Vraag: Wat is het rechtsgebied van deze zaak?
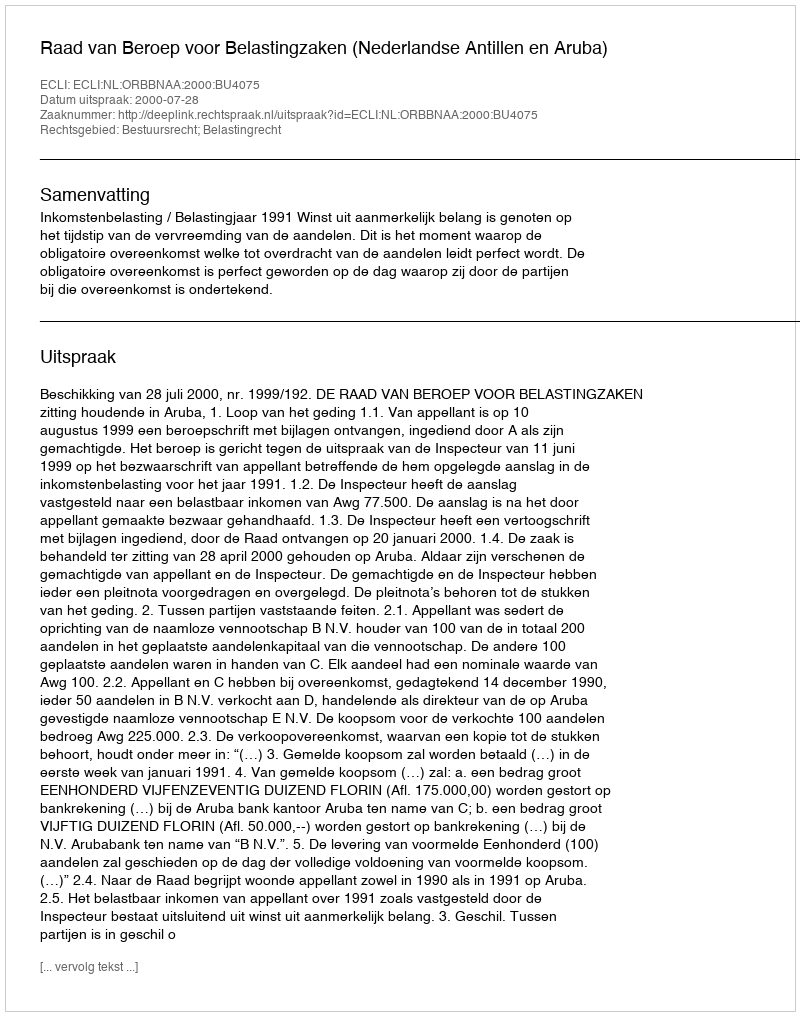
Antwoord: Bestuursrecht; Belastingrecht